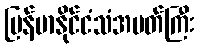
မြန်မာနိုင်ငံသံအမတ်ကြီး